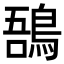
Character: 𪁙